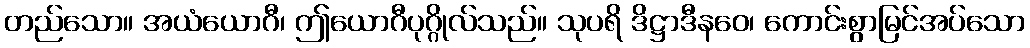
တည်သော။ အယံယောဂီ၊ ဤယောဂီပုဂ္ဂိုလ်သည်။ သုပရိ ဒိဋ္ဌာဒီနဝေ၊ ကောင်းစွာမြင်အပ်သော